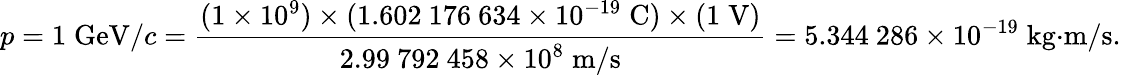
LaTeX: p=1\; {\mathrm{GeV}}/c={\frac{(1\times 10^{9})\times(1.602\ 176\ 634\times 10^{-19}\; {\mathrm{C}})\times(1\; {\mathrm{V}})}{2.99\ 792\ 458\times 10^{8}\; {\mathrm{m}}/{\mathrm{s}}}}=5.344\ 286\times 10^{-19}\; {\mathrm{kg}}{\cdot}{\mathrm{m}}/{\mathrm{s}}.